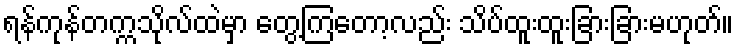
ရန်ကုန်တက္ကသိုလ်ထဲမှာ တွေ့ကြတော့လည်း သိပ်ထူးထူးခြားခြားမဟုတ်။